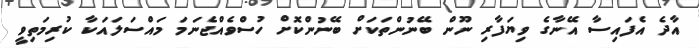
އާދެ އެފައިސާ އޭނާގެ ވިޔަފާރި ނޫން ބޭނުންތަކަށް ބޭނުންކޮށް ހުސްވެއްޖެނަމަ މައްސަލައަކާ ކުރިމަތިވީ